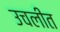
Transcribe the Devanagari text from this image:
उचलीत